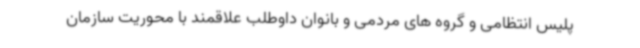
پلیس انتظامی و گروه های مردمی و بانوان داوطلب علاقمند با محوریت سازمان